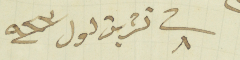
في ٨ تشرين اول سنة ٩٢٣